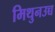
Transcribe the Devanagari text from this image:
मिथुनउच्च